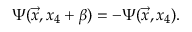
\Psi ( \vec { x } , x _ { 4 } + \beta ) = - \Psi ( \vec { x } , x _ { 4 } ) .